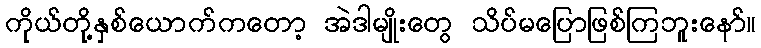
ကိုယ်တို့နှစ်ယောက်ကတော့ အဲဒါမျိုးတွေ သိပ်မပြောဖြစ်ကြဘူးနော်။